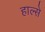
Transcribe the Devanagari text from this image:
हाल्से